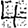
Digit: 4